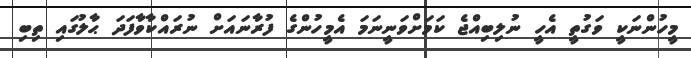
މީހުންނަކީ ވަގުތީ އެހީ ނުލިބިއްޖެ ކަމަށްވަނީނަމަ އެމީހުންގެ ފުރާނައަށް ނުރައްކާވާފަދަ ޙާލުގައި ތިބި